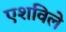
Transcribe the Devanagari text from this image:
एशविले